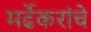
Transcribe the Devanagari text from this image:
मर्ढेकरांचे